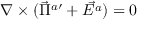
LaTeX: \nabla \times ( \vec { \Pi } ^ { a \prime } + \vec { E ^ { a } } ) = 0